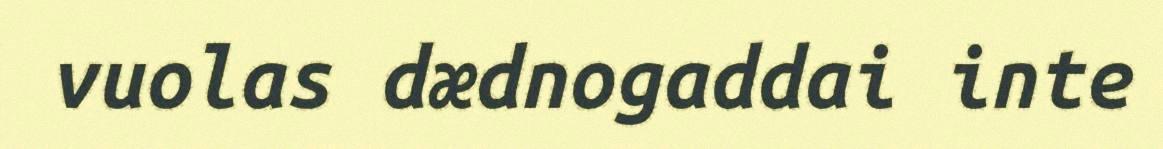
vuolas dædnogaddai inte